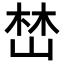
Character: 𡹚